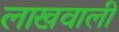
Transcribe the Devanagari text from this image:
लाखवाली